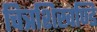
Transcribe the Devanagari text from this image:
चित्रशिखण्डि